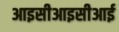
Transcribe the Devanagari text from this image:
आइसीआइसीआई